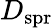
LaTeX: D_{\mathrm{spr}}